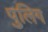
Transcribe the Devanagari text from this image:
पुलिग